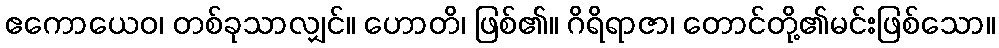
ဧကောယေဝ၊ တစ်ခုသာလျှင်။ ဟောတိ၊ ဖြစ်၏။ ဂိရိရာဇာ၊ တောင်တို့၏မင်းဖြစ်သော။